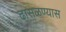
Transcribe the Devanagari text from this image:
ढासळण्यास